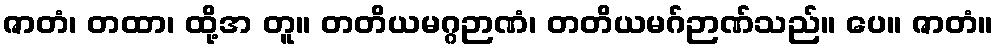
ဇာတံ၊ တထာ၊ ထို့အ တူ။ တတိယမဂ္ဂဉာဏံ၊ တတိယမဂ်ဉာဏ်သည်။ ပေ။ ဇာတံ။